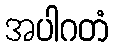
အပါဂတံ